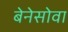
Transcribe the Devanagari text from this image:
बेनेसोवा